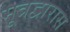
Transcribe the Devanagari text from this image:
मूत्रद्वारास